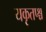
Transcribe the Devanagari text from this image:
यकृतप्श्च